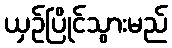
ယှဉ်ပြိုင်သွားမည်